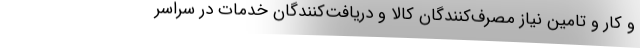
و کار و تامین نیاز مصرف‌کنندگان کالا و دریافت‌کنندگان خدمات در سراسر